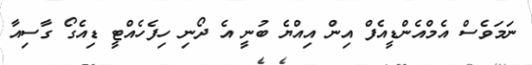
ނަމަވެސް އެމްއެންޑީއެފް އިން އިއްޔެ ބުނީ އެ ދޯނި ހިފެހެއްޓީ ޑިއެގޯ ގާސިއާ